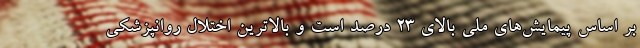
بر اساس پیمایش‌های ملی بالای ۲۳ درصد است و بالاترین اختلال روانپزشکی